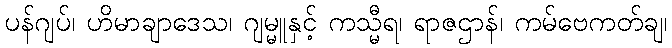
ပန်ဂျပ်၊ ဟိမာချာဒေသ၊ ဂျမ္မူနှင့် ကသ္မီရ၊ ရာဇဌာန်၊ ကမ်ဗေကတ်ချ၊